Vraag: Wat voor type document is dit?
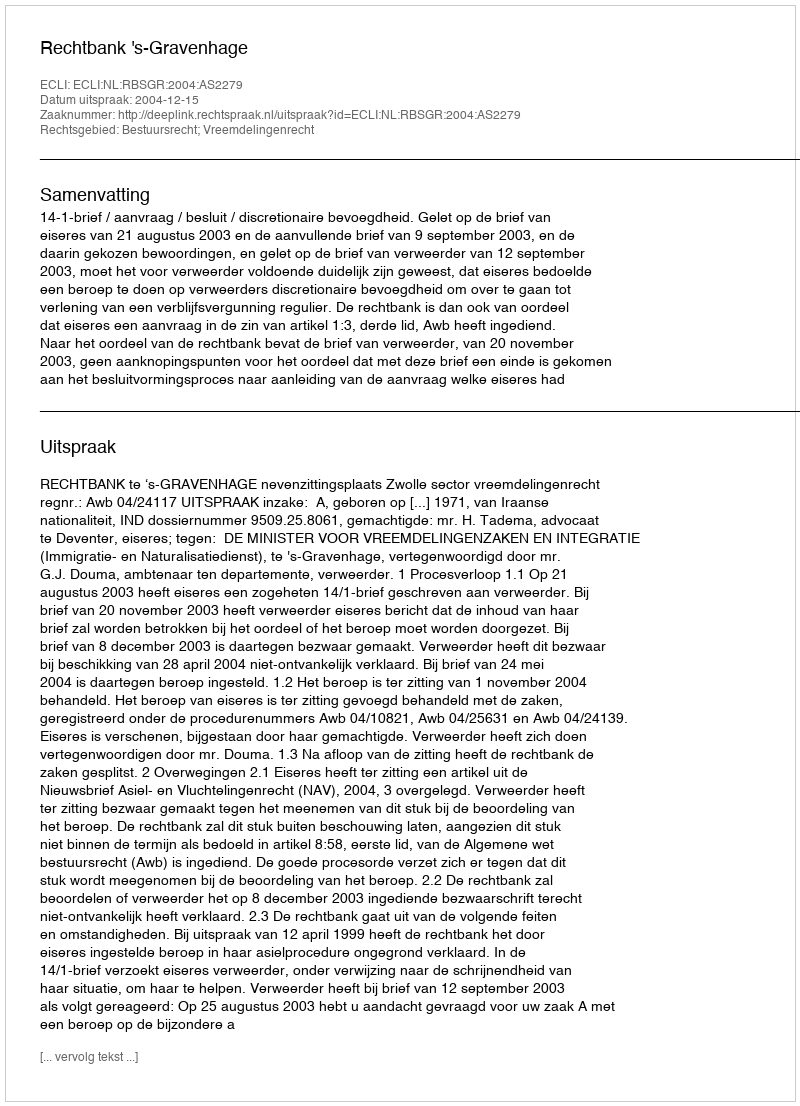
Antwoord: Uitspraak